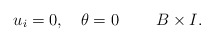
\begin{align*}\begin{aligned} & u_{i}=0,\quad\theta=0\qquad\;B\times I.\end{aligned}\end{align*}